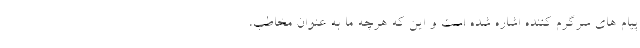
پیام های سرگرم کننده اشاره شده است و این که هرچه ما به عنوان مخاطب،